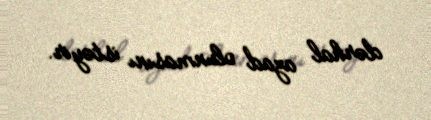
dərhal azad olunmasını istəyir.